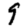
Digit: 9